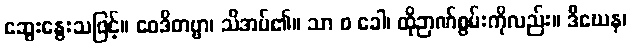
ဆွေးနွေးသဖြင့်။ ဝေဒိတဗ္ဗာ၊ သိအပ်၏။ သာ စ ခေါ၊ ထိုဉာဏ်စွမ်းကိုလည်း။ ဒီဃေန၊